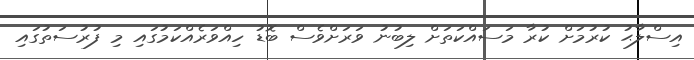
އިސްލާޙު ކުރުމަށް ކުރާ މަސައްކަތަށް ލިބުނު ވަރަށްވެސް ބޮޑު ހިއްވަރެއްކަމުގައި މި ފުރުސަތުގައި